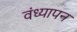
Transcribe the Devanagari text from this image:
वंध्यापन